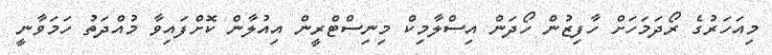
މިއަހަރުގެ ރޯދަމަހަށް ހާފިޒުން ހޯދަން އިސްލާމިކް މިނިސްޓްރީން އިއުލާން ކޮށްފައިވާ މުއްދަތު ހަމަވާނީ